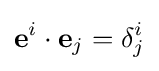
\mathbf {e} ^{i}\cdot \mathbf {e} _{j}=\delta _{j}^{i}